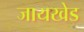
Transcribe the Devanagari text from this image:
जायखेड